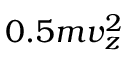
0 . 5 m v _ { z } ^ { 2 }